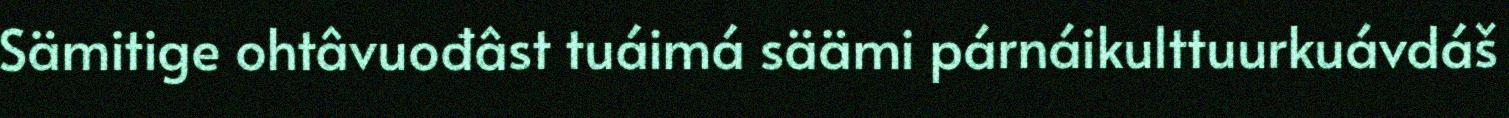
Sämitige ohtâvuođâst tuáimá säämi párnáikulttuurkuávdáš